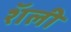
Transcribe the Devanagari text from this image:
शॅली